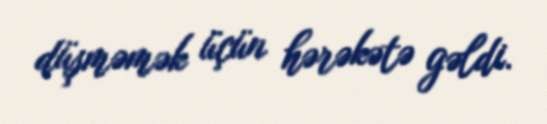
düşməmək üçün hərəkətə gəldi.